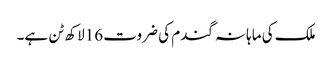
ملک کی ماہانہ گندم کی ضروت 16لاکھ ٹن ہے۔